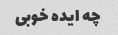
چه ایده خوبی